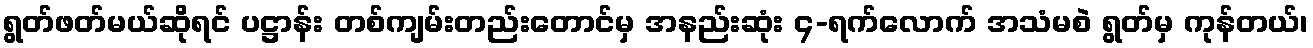
ရွတ်ဖတ်မယ်ဆိုရင် ပဋ္ဌာန်း တစ်ကျမ်းတည်းတောင်မှ အနည်းဆုံး ၄-ရက်လောက် အသံမစဲ ရွတ်မှ ကုန်တယ်၊